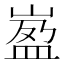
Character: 𡺦